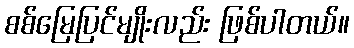
စစ်မြေပြင်မျိုးလည်း ဖြစ်ပါတယ်။